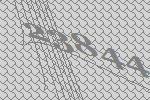
23844